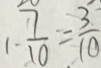
1 - \frac { 7 } { 1 0 } = \frac { 3 } { 1 0 }